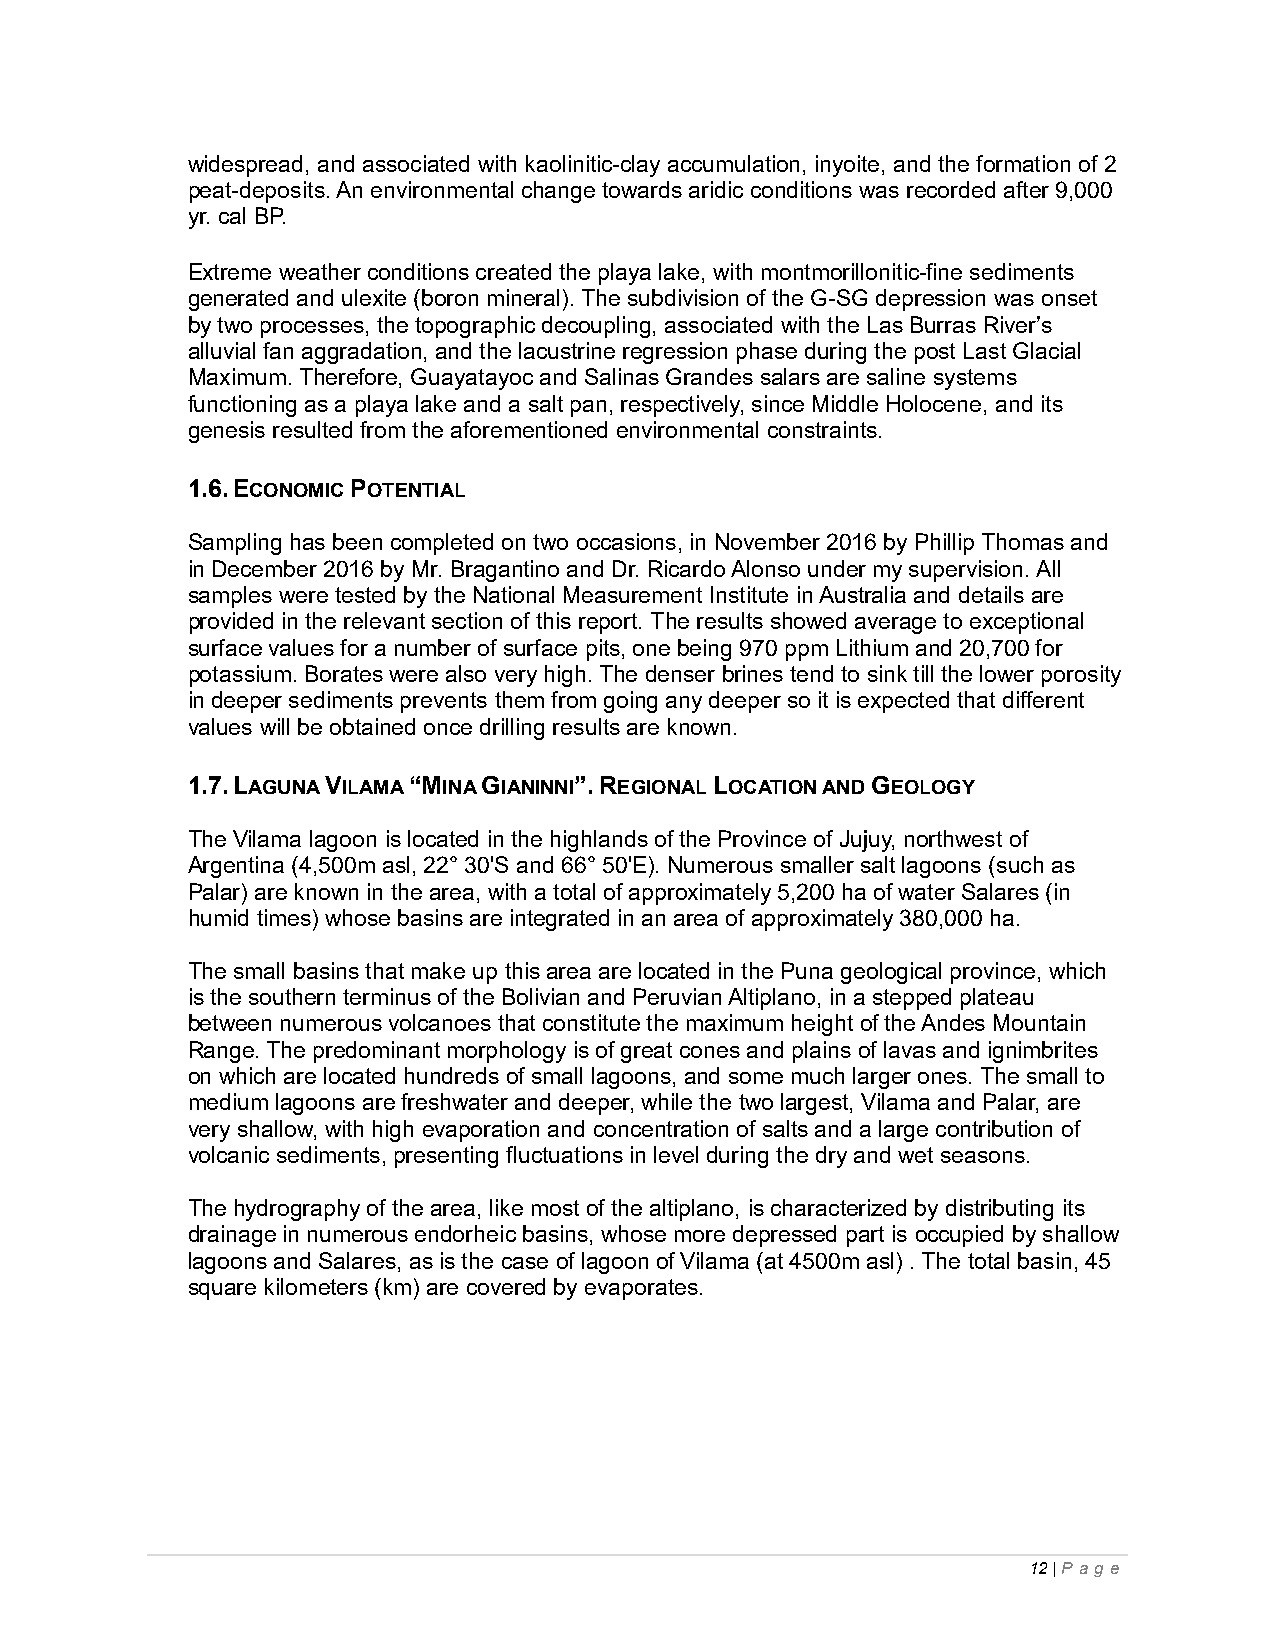
widespread, and associated with kaolinitic-clay accumulation, inyoite, and the formation of 2
 peat-deposits. An environmental change towards aridic conditions was recorded after 9,000
 yr. cal BP.
 Extreme weather conditions created the playa lake, with montmorillonitic-fine sediments
 generated and ulexite (boron mineral). The subdivision of the G-SG depression was onset
 by two processes, the topographic decoupling, associated with the Las Burras River’s
 alluvial fan aggradation, and the lacustrine regression phase during the post Last Glacial
 Maximum. Therefore, Guayatayoc and Salinas Grandes salars are saline systems
 functioning as a playa lake and a salt pan, respectively, since Middle Holocene, and its
 genesis resulted from the aforementioned environmental constraints.
 1.6. ECONOMIC POTENTIAL
 Sampling has been completed on two occasions, in November 2016 by Phillip Thomas and
 in December 2016 by Mr. Bragantino and Dr. Ricardo Alonso under my supervision. All
 samples were tested by the National Measurement Institute in Australia and details are
 provided in the relevant section of this report. The results showed average to exceptional
 surface values for a number of surface pits, one being 970 ppm Lithium and 20,700 for
 potassium. Borates were also very high. The denser brines tend to sink till the lower porosity
 in deeper sediments prevents them from going any deeper so it is expected that different
 values will be obtained once drilling results are known.
 1.7. LAGUNA VILAMA “MINA GIANINNI”. REGIONAL LOCATION AND GEOLOGY
 The Vilama lagoon is located in the highlands of the Province of Jujuy, northwest of
 Argentina (4,500m asl, 22° 30'S and 66° 50'E). Numerous smaller salt lagoons (such as
 Palar) are known in the area, with a total of approximately 5,200 ha of water Salares (in
 humid times) whose basins are integrated in an area of approximately 380,000 ha.
 The small basins that make up this area are located in the Puna geological province, which
 is the southern terminus of the Bolivian and Peruvian Altiplano, in a stepped plateau
 between numerous volcanoes that constitute the maximum height of the Andes Mountain
 Range. The predominant morphology is of great cones and plains of lavas and ignimbrites
 on which are located hundreds of small lagoons, and some much larger ones. The small to
 medium lagoons are freshwater and deeper, while the two largest, Vilama and Palar, are
 very shallow, with high evaporation and concentration of salts and a large contribution of
 volcanic sediments, presenting fluctuations in level during the dry and wet seasons.
 The hydrography of the area, like most of the altiplano, is characterized by distributing its
 drainage in numerous endorheic basins, whose more depressed part is occupied by shallow
 lagoons and Salares, as is the case of lagoon of Vilama (at 4500m asl) . The total basin, 45
 square kilometers (km) are covered by evaporates.
 12 | P ag e